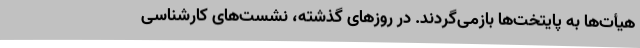
هیأت‌ها به پایتخت‌ها بازمی‌گردند. در روزهای گذشته، نشست‌های کارشناسی